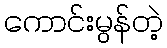
ကောင်းမွန်တဲ့